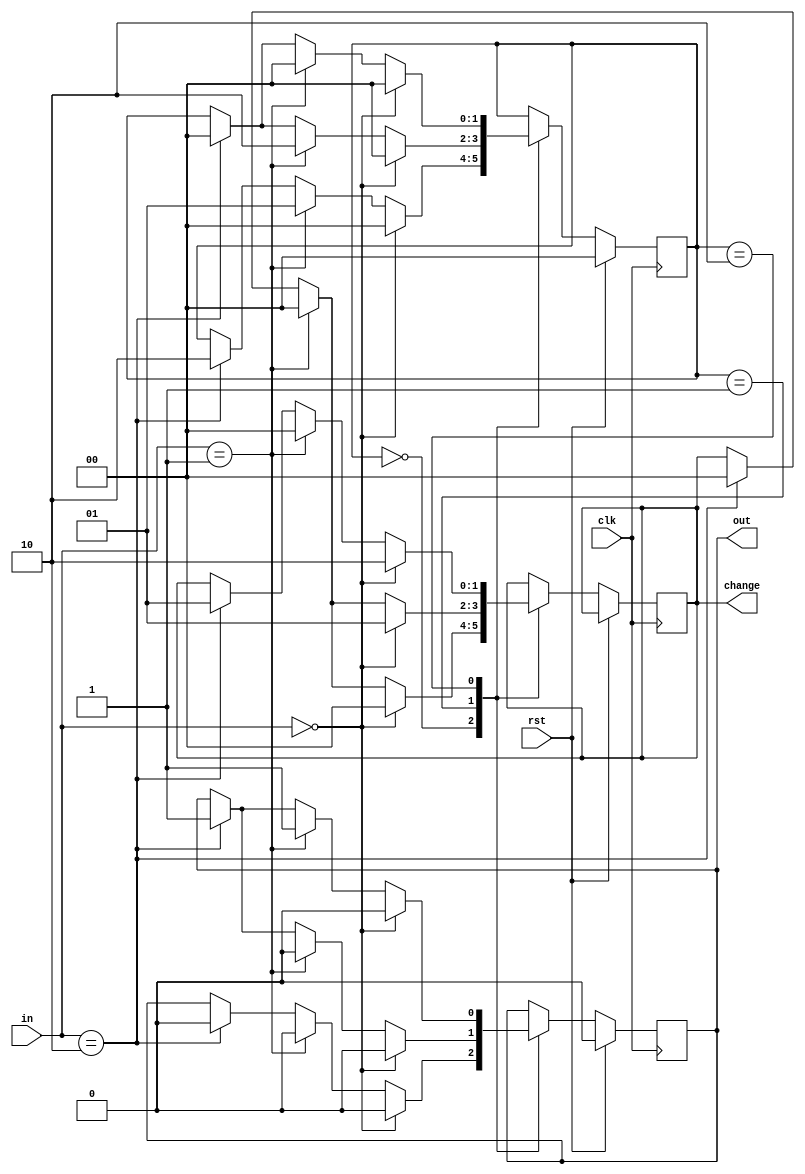
module vending_machine(in,clk,rst,out,change);
input[1:0] in; input clk,rst;
output reg out; output reg[1:0] change;

parameter s0=2'b00;    //Rs 0 state
parameter s1=2'b01;    //Rs 5 state
parameter s2=2'b10;    //Rs 10 state

reg[1:0] cur_state,next_state;
always @(posedge clk)
    begin
        if(rst)
        begin
            cur_state=0;
            next_state=0;
            out=0;
        end
        else
        begin
            cur_state=next_state;
            begin
                case(cur_state)
                s0: if(in==2'b00)              //s0 state
                    begin
                        out=0; change=0;
                        next_state=s0;
                    end
                    else if(in==2'b01)
                    begin
                        out=0; change=0;
                        next_state=s1;
                    end
                    else if(in==2'b10)
                    begin
                        out=0; change=0;
                        next_state=s2;
                    end
                s1: if(in==2'b00)               //s1 state
                    begin
                        out=0; change=2'b01;
                        next_state=s0;
                    end
                    else if(in==2'b01)
                    begin
                        out=0; change=0;
                        next_state=s2;
                    end
                    else if(in==2'b10)
                    begin
                        out=1; change=0;
                        next_state=s0;
                    end
                s2: if(in==2'b00)               //s2 state
                    begin
                        out=0; change=2'b10;
                        next_state=s0;
                    end
                    else if(in==2'b01)
                    begin
                        out=1; change=0;
                        next_state=s0;
                    end
                    else if(in==2'b10)
                    begin
                        out=1; change=2'b01;
                        next_state=s0;
                    end
               endcase
            end 
           end
         end


endmodule